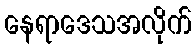
နေရာဒေသအလိုက်